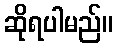
ဆိုရပါမည်။